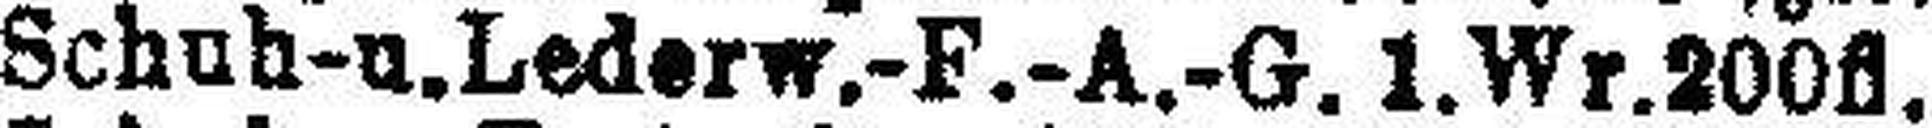
Schuh-u. Lederw.-F.-A.-G. 1. Wr. 200fl.